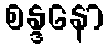
စန္ဒနော